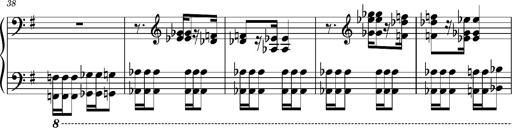
Title: Ungarischer Romanzero
Composer: Franz Liszt